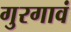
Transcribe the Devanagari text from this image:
गुरगावं